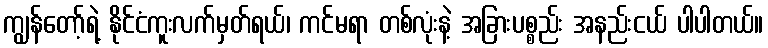
ကျွန်တော့်ရဲ့ နိုင်ငံကူးလက်မှတ်ရယ်၊ ကင်မရာ တစ်လုံးနဲ့ အခြားပစ္စည်း အနည်းငယ် ပါပါတယ်။